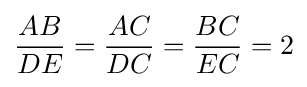
{\frac {AB}{DE}}={\frac {AC}{DC}}={\frac {BC}{EC}}=2